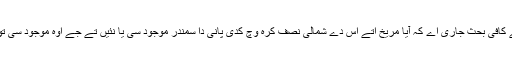
فی زمانہ اس گل اُتے کافی بحث جاری اے کہ آیا مریخ اُتے اس دے شمالی نصف کرہ وچ کدی پانی دا سمندر موجود سی یا نئيں تے جے اوہ موجود سی تو پھر اس دا کیتا ہويا۔